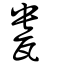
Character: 㼜